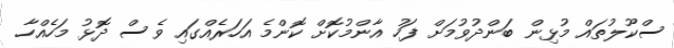
ސްކޫލުތައް މުޅިން ބަންދުވުމަށް ފަހު އާންމުކޮށް ކޮންމެ އަހަރެއްގައި ވެސް ދޮޅު މަަހެއްހާ